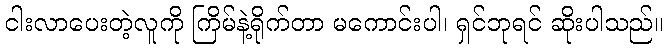
ငါးလာပေးတဲ့လူကို ကြိမ်နဲ့ရိုက်တာ မကောင်းပါ၊ ရှင်ဘုရင် ဆိုးပါသည်။